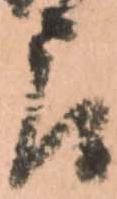
郎